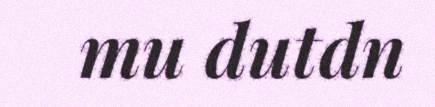
mu dutdn